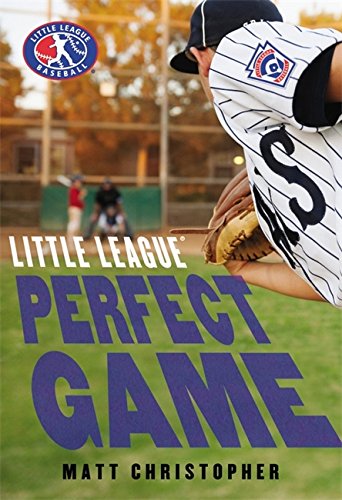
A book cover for Perfect Game (Little League); Matt Christopher; Children's Books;